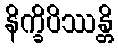
နိက္ခိပိဿန္တိ